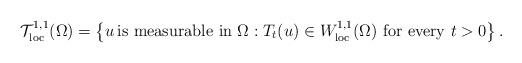
LaTeX: \begin{align*}\mathcal T^{1,1}_{\rm loc}(\Omega) = \left\{u \, \hbox{is measurable in $\Omega$}: \hbox{$T_{t}(u)\in W^{1,1}_{\rm loc}(\Omega)$ for every $t >0$} \right\}.\end{align*}